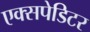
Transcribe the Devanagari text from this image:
एक्सपेडिटर